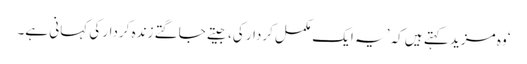
‘وہ مزید کہتے ہیں کہ ’یہ ایک مکمل کردار کی، جیتے جاگتے زندہ کردار کی کہانی ہے۔